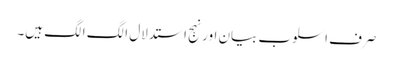
صرف اسلوب بیان اور نہج استدلال الگ الگ ہیں۔